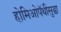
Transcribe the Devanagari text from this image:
होमिओपॅथीसुद्धा